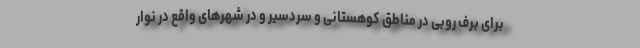
برای برف روبی در مناطق کوهستانی و سردسیر و در شهرهای واقع در نوار